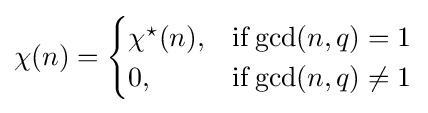
\chi (n)={\begin{cases}\chi ^{\star }(n),&\mathrm {if} \gcd(n,q)=1\\0,&\mathrm {if} \gcd(n,q)\neq 1\end{cases}}